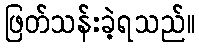
ဖြတ်သန်းခဲ့ရသည်။